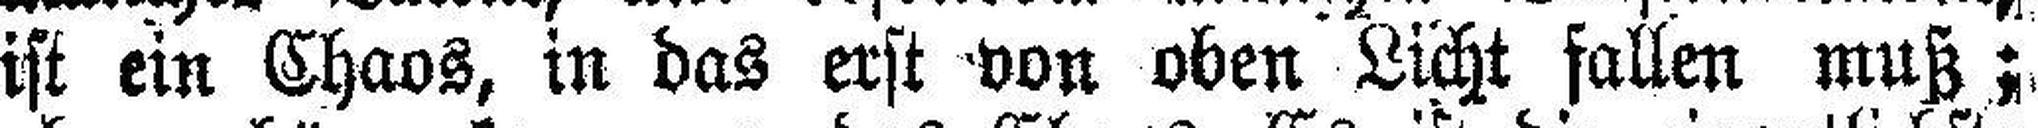
ist ein Chaos, in das erst von oben Licht fallen muß;